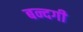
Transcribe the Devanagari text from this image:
बन्दगी